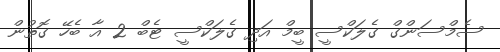
ސެމްސަންގް ގެލަކްސީ ބީމް އަދި ގެލަކްސީ ޓެބް 2 އާ ބެހޭ ގޮތުން